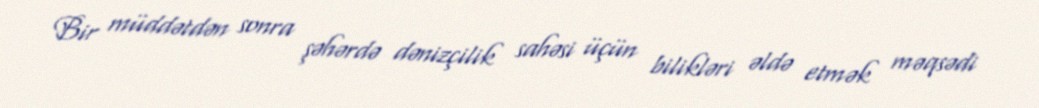
Bir müddətdən sonra şəhərdə dənizçilik sahəsi üçün bilikləri əldə etmək məqsədi